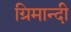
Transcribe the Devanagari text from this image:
ग्रिमान्दी